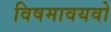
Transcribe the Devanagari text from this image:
विषमावयवो